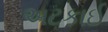
અટકાઈ